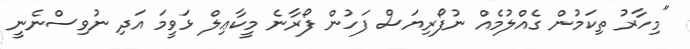
"މިހާރު ތިކަމުން ގެއްލުމެއް ނުފޯރިޔަސް ފަހުން ފޯރާނެ މީކާޢިލް ޅަވީމަ އަދި ނުވިސްނެނީ